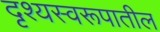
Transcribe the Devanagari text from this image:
दृश्यस्वरूपातील